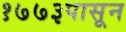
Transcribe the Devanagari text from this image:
१७७३पासून